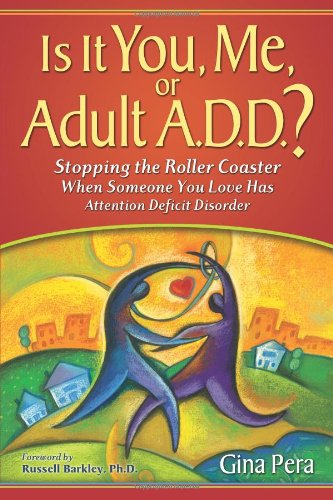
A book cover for Is It You, Me, or Adult A.D.D.? Stopping the Roller Coaster When Someone You Love Has Attention Deficit Disorder; Gina Pera; Health, Fitness & Dieting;